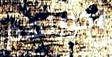
بحوزتهم